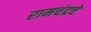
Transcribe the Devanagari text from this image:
रामचंद्रचे